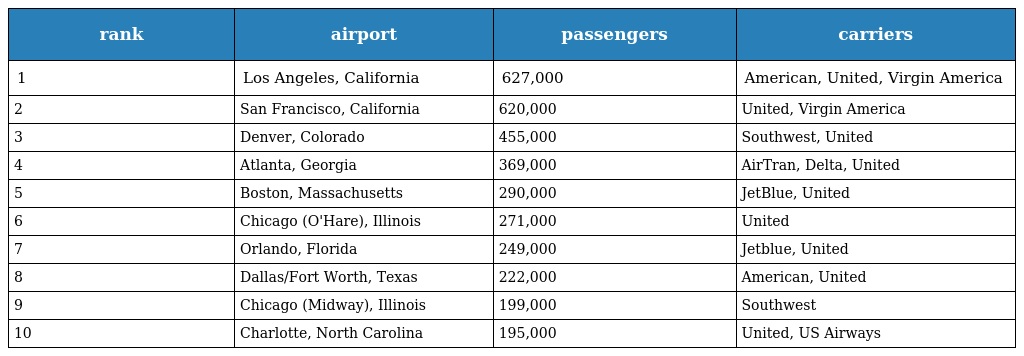
| rank | airport | passengers | carriers |
 | --- | --- | --- | --- |
 | 1 | Los Angeles, California | 627,000 | American, United, Virgin America |
 | 2 | San Francisco, California | 620,000 | United, Virgin America |
 | 3 | Denver, Colorado | 455,000 | Southwest, United |
 | 4 | Atlanta, Georgia | 369,000 | AirTran, Delta, United |
 | 5 | Boston, Massachusetts | 290,000 | JetBlue, United |
 | 6 | Chicago (O'Hare), Illinois | 271,000 | United |
 | 7 | Orlando, Florida | 249,000 | Jetblue, United |
 | 8 | Dallas/Fort Worth, Texas | 222,000 | American, United |
 | 9 | Chicago (Midway), Illinois | 199,000 | Southwest |
 | 10 | Charlotte, North Carolina | 195,000 | United, US Airways |